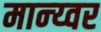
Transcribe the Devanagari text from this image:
मान्य्वर